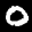
Label: 0